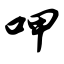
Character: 呷